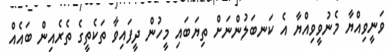
ވަނީވިއްޔާ މެނުވީވިއްޔާ އެ ކަނބަލުންނަށް ތިޔަބައި މީހުން ދީފައިވާ ތަކެތީގެ ތެރެއިން ބައެއް